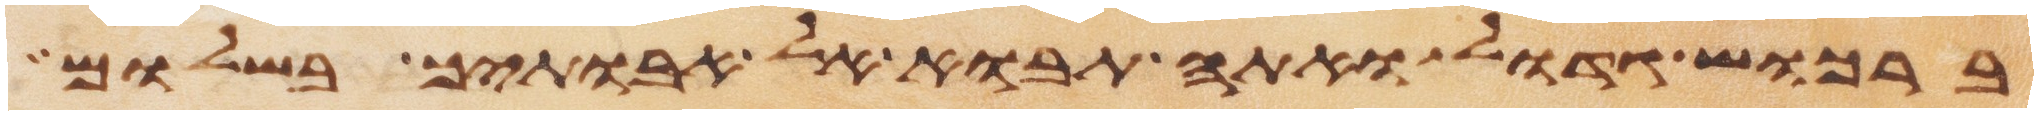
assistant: ברכוש גדול ואתה תבוא אל אבתיך בשלום